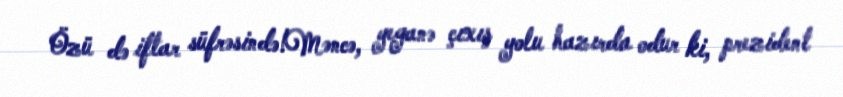
Özü də iftar süfrəsində!Məncə, yeganə çıxış yolu hazırda odur ki, prezident